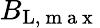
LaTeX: B_{\mathrm{L},\mathrm{~m~a~x~}}